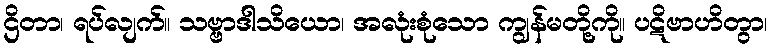
ဌိတာ၊ ရပ်လျက်။ သဗ္ဗာဒါသိယော၊ အလုံးစုံသော ကျွန်မတို့ကို။ ပဋိဗာဟိတွာ၊